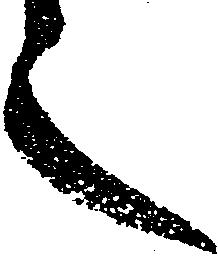
之